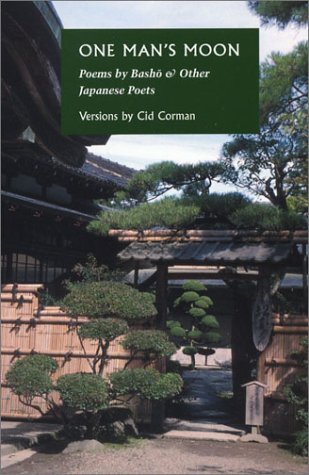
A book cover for One Man's Moon: Expanded Edition: Poems by Basho and Other Japanese Poets; Literature & Fiction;